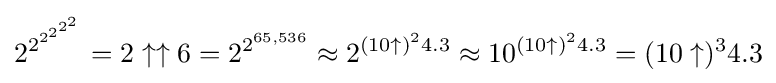
2^{2^{2^{2^{2^{2}}}}}=2\uparrow \uparrow 6=2^{2^{65,536}}\approx 2^{(10\uparrow )^{2}4.3}\approx 10^{(10\uparrow )^{2}4.3}=(10\uparrow )^{3}4.3